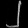
Digit: ၂